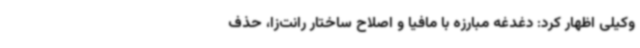
وکیلی اظهار کرد: دغدغه مبارزه با مافیا و اصلاح ساختار رانت‌زا، حذف